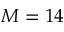
M = 1 4